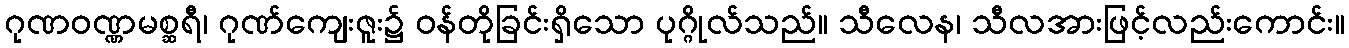
ဂုဏဝဏ္ဏမစ္ဆရီ၊ ဂုဏ်ကျေးဇူး၌ ဝန်တိုခြင်းရှိသော ပုဂ္ဂိုလ်သည်။ သီလေန၊ သီလအားဖြင့်လည်းကောင်း။